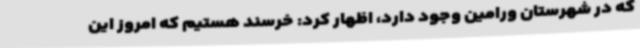
که در شهرستان ورامین وجود دارد، اظهار کرد: خرسند هستیم که امروز این